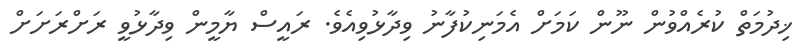
ޚިދުމަތް ކުރެއްވުން ނޫން ކަމަށް އެމަނިކުފާނު ވިދާޅުވިއެވެ. ރައީސް ޔާމީން ވިދާޅުވީ ރަށްރަށަށް